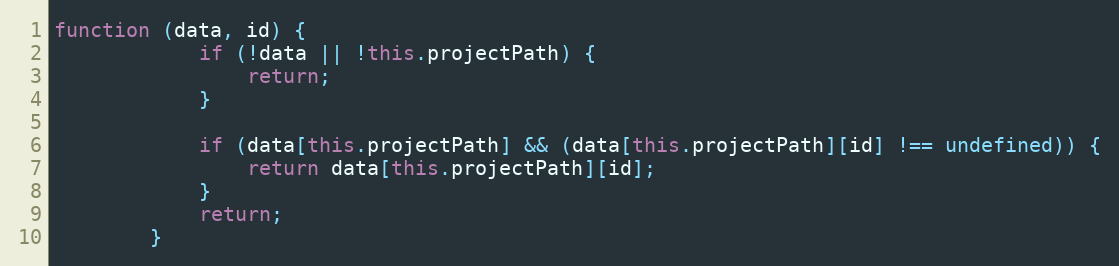
Language: JavaScript
function (data, id) {
            if (!data || !this.projectPath) {
                return;
            }

            if (data[this.projectPath] && (data[this.projectPath][id] !== undefined)) {
                return data[this.projectPath][id];
            }
            return;
        }